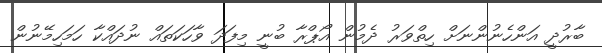
ބާރުދީ އަންހެނުންނަށް ހިތްވަރު ދެމުން އޯޕްރާ ބުނީ މިފަދަ ވާހަކަތައް ނުދައްކާ ހަމަހިމޭނުން